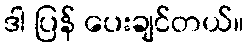
ဒါ ပြန် ပေးချင်တယ်။